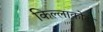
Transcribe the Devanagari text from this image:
किल्लाकोटा